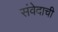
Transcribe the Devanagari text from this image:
संवेदाची